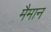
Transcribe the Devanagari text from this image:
मैमान